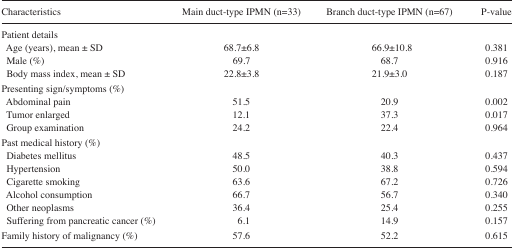
| Characteristics | Main duct-type IPMN (n=33) | Branch duct-type IPMN (n=67) | P-value |
 | --- | --- | --- | --- |
 | Patient details |  |  |  |
 | Age (years), mean ± SD | 68.7±6.8 | 66.9±10.8 | 0.381 |
 | Male (%) | 69.7 | 68.7 | 0.916 |
 | Body mass index, mean ± SD | 22.8±3.8 | 21.9±3.0 | 0.187 |
 | Presenting sign/symptoms (%) |  |  |  |
 | Abdominal pain | 51.5 | 20.9 | 0.002 |
 | Tumor enlarged | 12.1 | 37.3 | 0.017 |
 | Group examination | 24.2 | 22.4 | 0.964 |
 | Past medical history (%) |  |  |  |
 | Diabetes mellitus | 48.5 | 40.3 | 0.437 |
 | Hypertension | 50.0 | 38.8 | 0.594 |
 | Cigarette smoking | 63.6 | 67.2 | 0.726 |
 | Alcohol consumption | 66.7 | 56.7 | 0.340 |
 | Other neoplasms | 36.4 | 25.4 | 0.255 |
 | Suffering from pancreatic cancer (%) | 6.1 | 14.9 | 0.157 |
 | Family history of malignancy (%) | 57.6 | 52.2 | 0.615 |